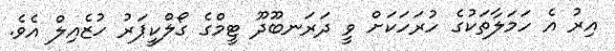
އިރު އެ ހަމަލާތަކުގެ ހުރަހަކަށް ވީ ދަރަނބޫދޫ ޓީމްގެ ގޯލްކީޕަރު ހުޒެއިލް އެވެ.